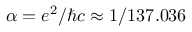
\alpha = e ^ { 2 } / \hbar c \approx 1 / 1 3 7 . 0 3 6